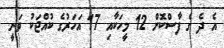
އެ ދެ ގެ ފާސްކޮށް 12 މީހަކާއި 17 އަހަރުގެ ކުއްޖަކު ވަނީ